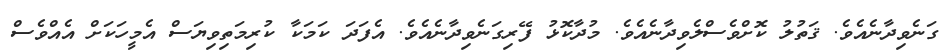
ގަނެވިދާނެއެވެ. ޤަތުލު ކޮށްވެސްލެވިދާނެއެވެ. މުދާކޮޅު ފޭރިގަނެވިދާނެއެވެ. އެފަދަ ކަމަކާ ކުރިމަތިވިޔަސް އެމީހަކަށް އެއްވެސް